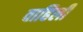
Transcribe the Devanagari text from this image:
वाहिलीं